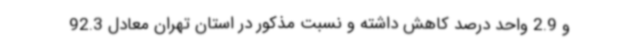
و 2.9 واحد درصد کاهش داشته و نسبت مذکور در استان تهران معادل 92.3